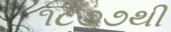
૧૮૭૭થી